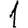
Digit: 1